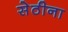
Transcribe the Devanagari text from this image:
सेठीना